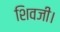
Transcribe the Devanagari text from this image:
शिवजी।